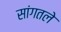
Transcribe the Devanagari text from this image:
सांगतले